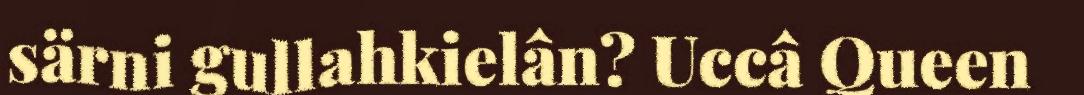
särni gullahkielân? Uccâ Queen